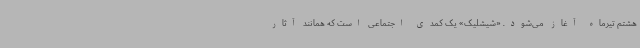
هشتم تیرماه آغاز می‌شود. «شیشلیک» یک کمدی اجتماعی است که همانند آثار